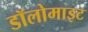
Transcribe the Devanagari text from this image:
डॉलोमाइट